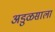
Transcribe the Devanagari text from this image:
अडुळसाला